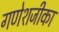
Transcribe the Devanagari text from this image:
गणेशजीका